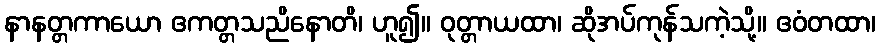
နာနတ္တကာယော ဧကတ္တသညိနောတိ၊ ဟူ၍။ ဝုတ္တာယထာ၊ ဆိုအပ်ကုန်သကဲ့သို့။ ဧဝံတထာ၊